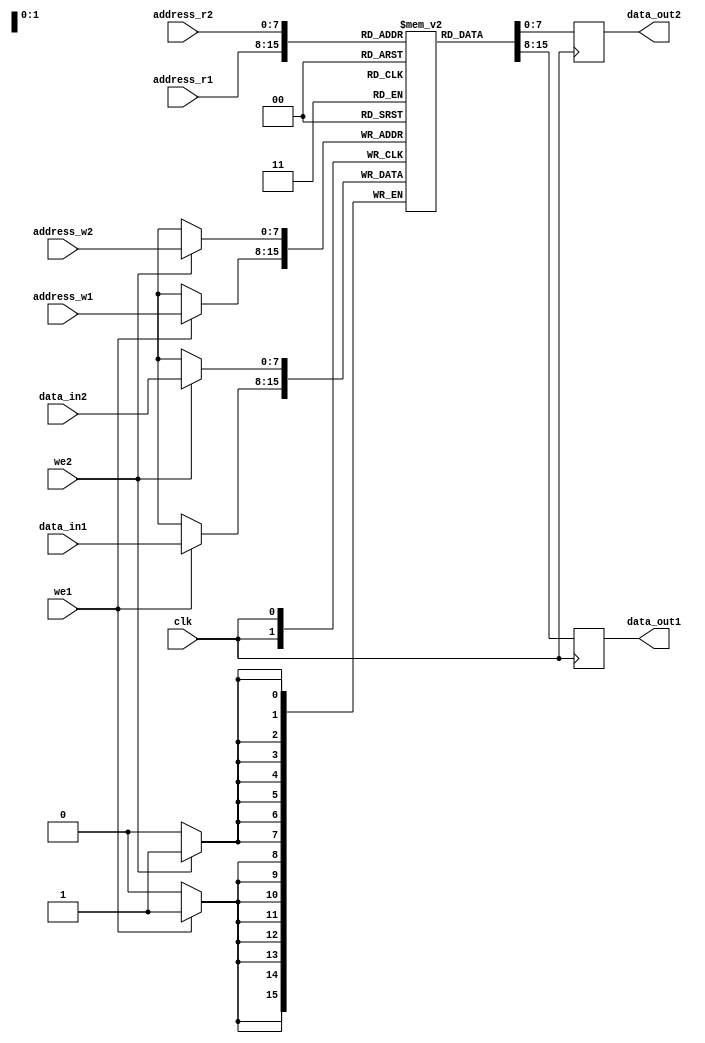
module Dual_port_RAM(
    input wire clk,
    input wire [7:0] address_r1,
    input wire [7:0] address_w1,
    input wire [7:0] data_in1,
    input wire we1,
    output reg [7:0] data_out1,
    input wire [7:0] address_r2,
    input wire [7:0] address_w2,
    input wire [7:0] data_in2,
    input wire we2,
    output reg [7:0] data_out2
);

reg [7:0] memory [0:255];

always @(posedge clk) begin
    if(we1) begin
        memory[address_w1] <= data_in1;
    end
    data_out1 <= memory[address_r1];
end

always @(posedge clk) begin
    if(we2) begin
        memory[address_w2] <= data_in2;
    end
    data_out2 <= memory[address_r2];
end

endmodule